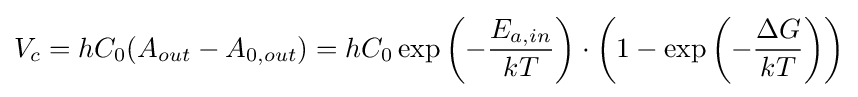
V_{c}=hC_{0}(A_{out}-A_{0,out})=hC_{0}\exp \left(-{\frac {E_{a,in}}{kT}}\right)\cdot \left(1-\exp \left(-{\frac {\Delta G}{kT}}\right)\right)